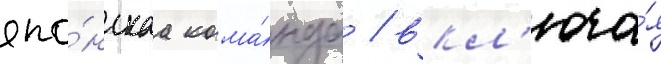
япо́нскаа кома́нда / вкл'юча́я